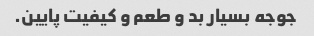
جوجه بسیار بد و طعم و کیفیت پایین.